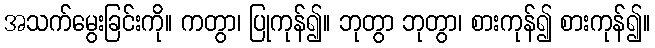
အသက်မွေးခြင်းကို။ ကတွာ၊ ပြုကုန်၍။ ဘုတွာ ဘုတွာ၊ စားကုန်၍ စားကုန်၍။